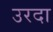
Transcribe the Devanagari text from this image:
उरदा